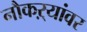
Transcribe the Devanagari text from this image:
नौकऱ्यांवर